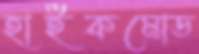
হাইকমোড